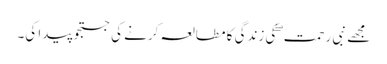
مجھے نبی رحمت ۖ کی زندگی کا مطالعہ کرنے کی جستجو پیدا کی۔